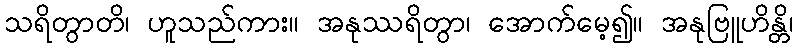
သရိတွာတိ၊ ဟူသည်ကား။ အနုဿရိတွာ၊ အောက်မေ့၍။ အနုဗြူဟိန္တိ၊